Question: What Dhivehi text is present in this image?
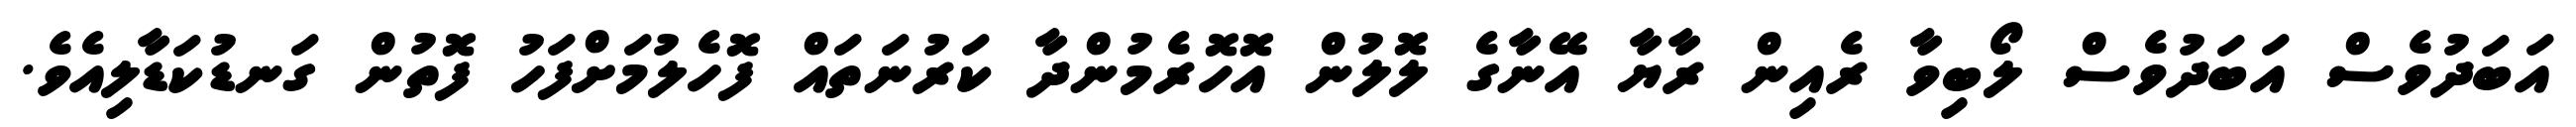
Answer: އަބަދުވެސް އަބަދުވެސް ލޯބިވާ ރެއިން ރާޔާ އޭނާގެ ލޮލުން އޮހޮރެމުންދާ ކަރުނަތައް ފޮހެލުމަށްފަހު ފޮތުން ގަނޑުކަޑާލިއެވެ.